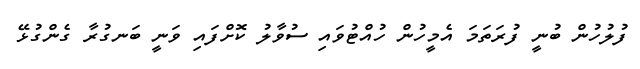
ފުލުހުން ބުނީ ފުރަތަމަ އެމީހުން ހުއްޓުވައި ސުވާލު ކޮށްފައި ވަނީ ބަނގުރާ ގެންގުޅޭ